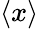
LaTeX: \langle x\rangle